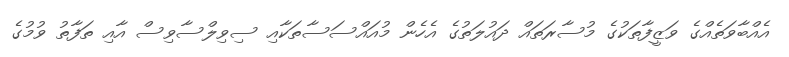
އެއްބާވަތެއްގެ ވަޒީފާތަކުގެ މުސާރަތައް ދައުލަތުގެ އެހެން މުއައްސަސާތަކާއި ސިވިލްސާވިސް އާއި ތަފާތު ވުމުގެ